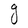
Character: g